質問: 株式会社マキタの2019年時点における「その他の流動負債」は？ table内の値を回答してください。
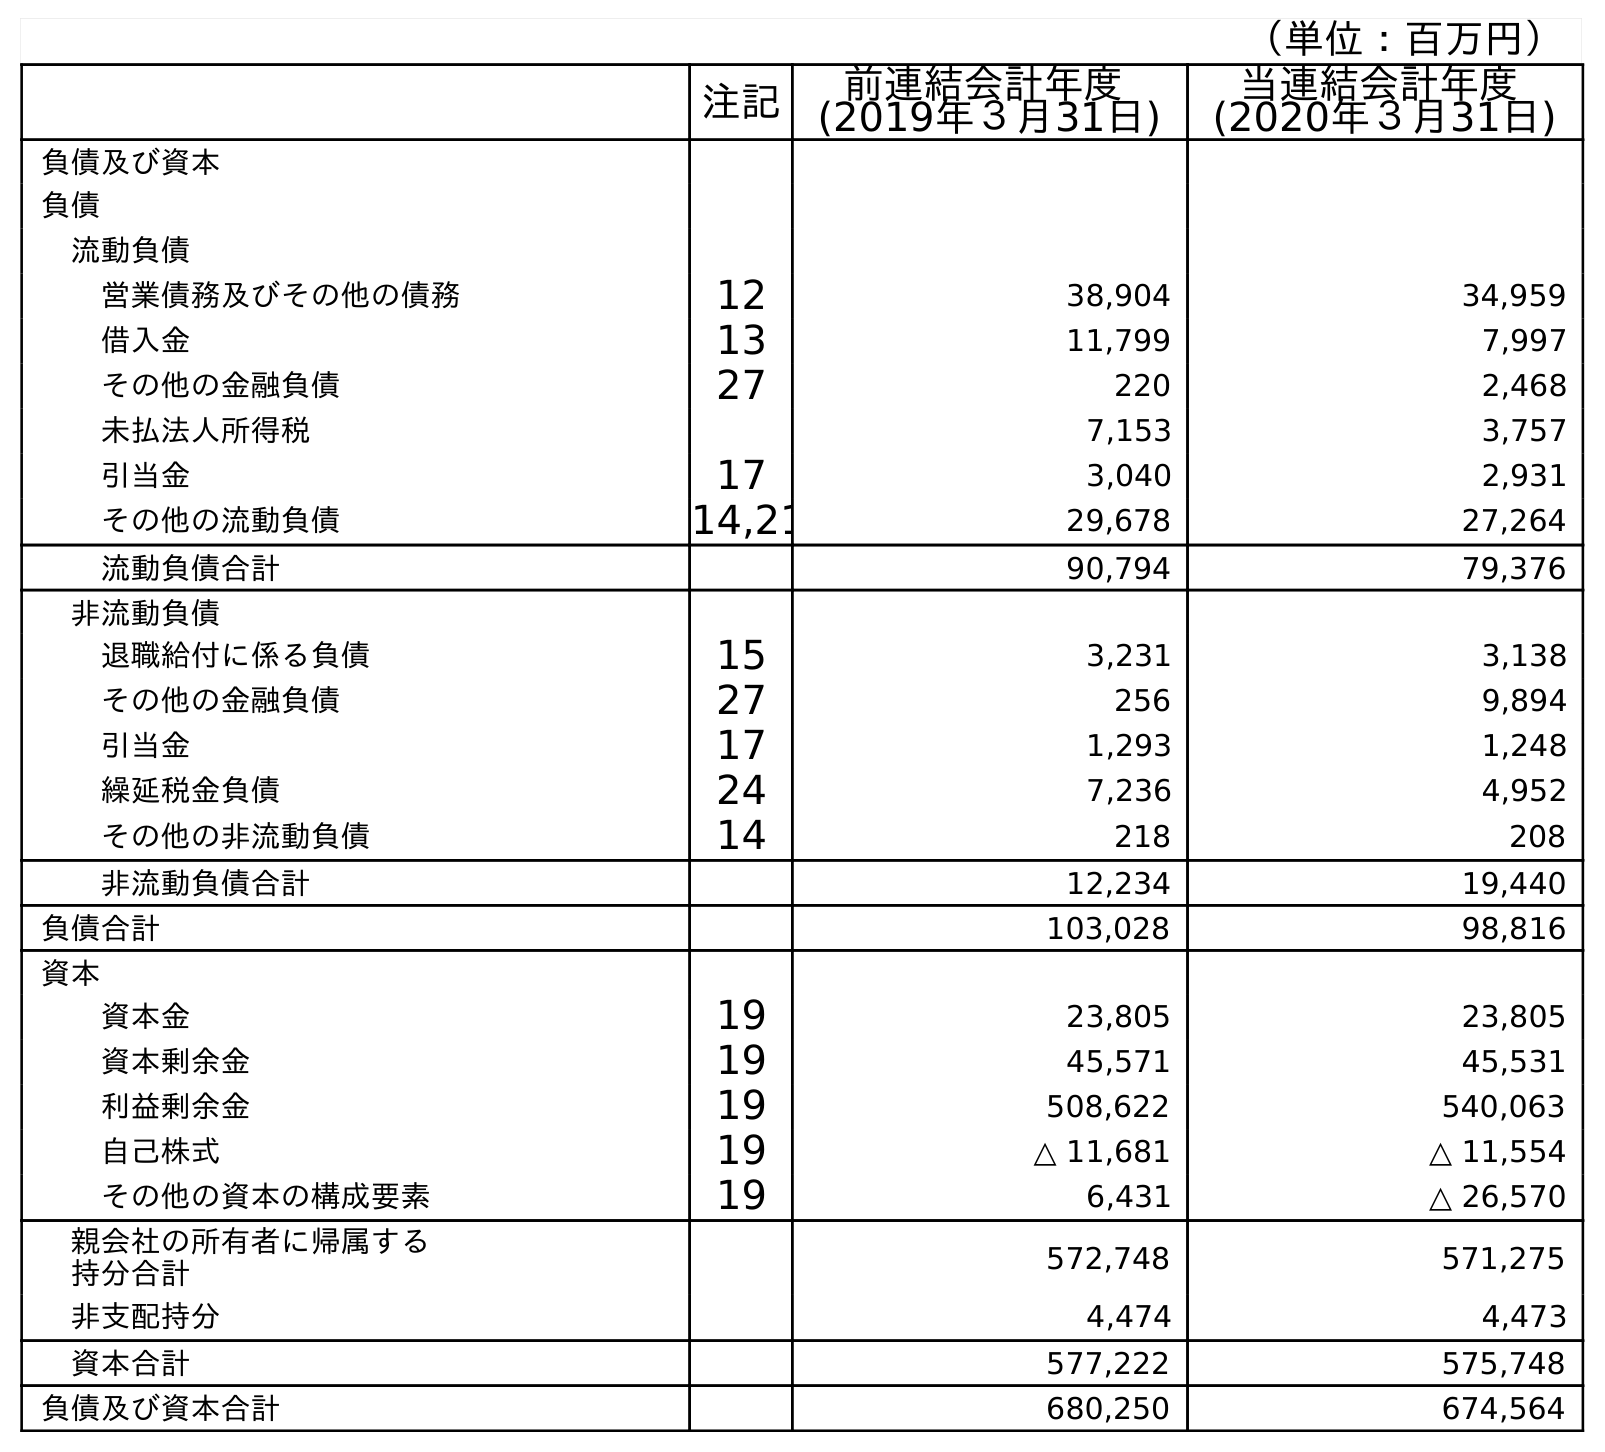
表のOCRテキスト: （単位：百万円） 注記 前連結会計年度 (2019年３月31日) 当連結会計年度 (2020年３月31日) 負債及び資本 負債 流動負債 営業債務及びその他の債務 12 38,904 34,959 借入金 13 11,799 7,997 その他の金融負債 27 220 2,468 未払法人所得税 7,153 3,757 引当金 17 3,040 2,931 その他の流動負債 14,21 29,678 27,264 流動負債合計 90,794 79,376 非流動負債 退職給付に係る負債 15 3,231 3,138 その他の金融負債 27 256 9,894 引当金 17 1,293 1,248 繰延税金負債 24 7,236 4,952 その他の非流動負債 14 218 208 非流動負債合計 12,234 19,440 負債合計 103,028 98,816 資本 資本金 19 23,805 23,805 資本剰余金 19 45,571 45,531 利益剰余金 19 508,622 540,063 自己株式 19 △ 11,681 △ 11,554 その他の資本の構成要素 19 6,431 △ 26,570 親会社の所有者に帰属する 持分合計 572,748 571,275 非支配持分 4,474 4,473 資本合計 577,222 575,748 負債及び資本合計 680,250 674,564
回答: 29,678